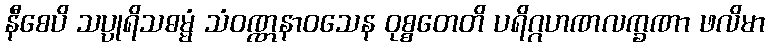
နီစေပိ သပ္ပုရိသဓမ္မံ သံဝဏ္ဏနာဝသေန ဝုစ္စတေတိ ပရိဂ္ဂဟဏလက္ခဏာ ဖလိမာ